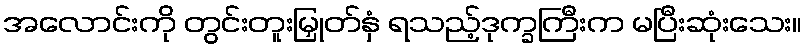
အလောင်းကို တွင်းတူးမြှုတ်နှံ ရသည့်ဒုက္ခကြီးက မပြီးဆုံးသေး။